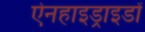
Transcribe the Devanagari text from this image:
ऐनहाइड्राइडों